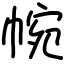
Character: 帵